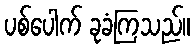
ပစ်ပေါက် ခုခံကြသည်။